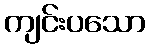
ကျင်းပသော